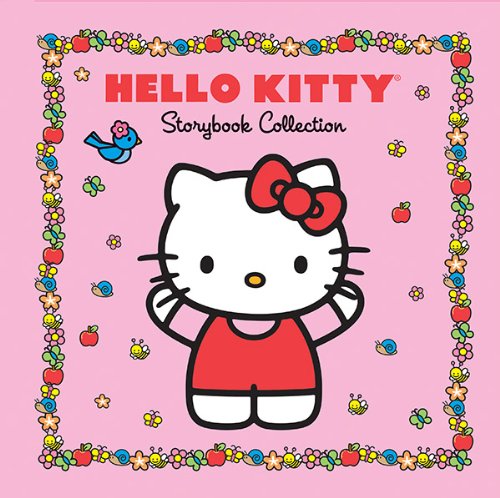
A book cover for Hello Kitty Storybook Collection; Sanrio; Children's Books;